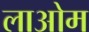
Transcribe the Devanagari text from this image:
लाओम